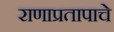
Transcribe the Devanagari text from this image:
राणाप्रतापाचे